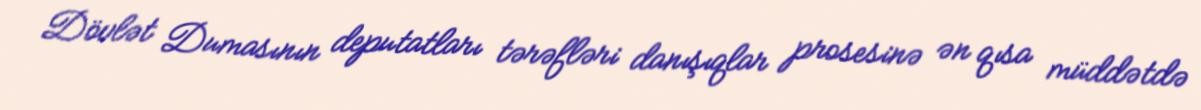
Dövlət Dumasının deputatları tərəfləri danışıqlar prosesinə ən qısa müddətdə